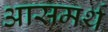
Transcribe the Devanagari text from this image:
आसमर्थ